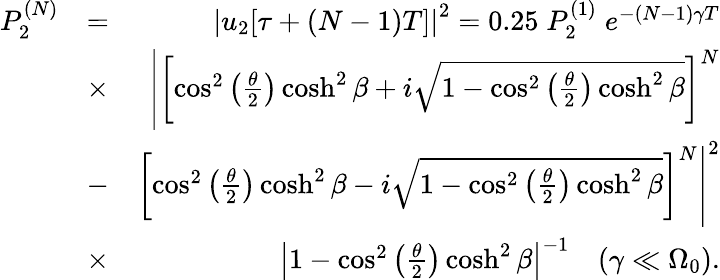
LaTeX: \begin{array}{rlr}{P_{2}^{(N)}}&{=}&{\left|u_{2}[\tau+(N-1)T]\right|^{2}=0.25\; P_{2}^{(1)}\; e^{-(N-1)\gamma T}}\\ &{\times}&{\left|\left[\cos^{2}\left(\frac{\theta}{2}\right)\cosh^{2}\beta+i\sqrt{1-\cos^{2}\left(\frac{\theta}{2}\right)\cosh^{2}\beta}\right]^{N}\right.}\\ &{-}&{\left.\left[\cos^{2}\left(\frac{\theta}{2}\right)\cosh^{2}\beta-i\sqrt{1-\cos^{2}\left(\frac{\theta}{2}\right)\cosh^{2}\beta}\right]^{N}\right|^{2}}\\ &{\times}&{\left|1-\cos^{2}\left(\frac{\theta}{2}\right)\cosh^{2}\beta\right|^{-1}\quad(\gamma\ll\Omega_{0}).}\end{array}